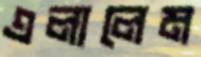
এলালেম